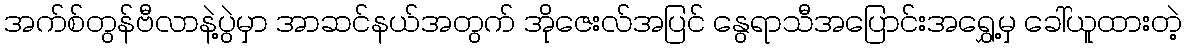
အက်စ်တွန်ဗီလာနဲ့ပွဲမှာ အာဆင်နယ်အတွက် အိုဇေးလ်အပြင် နွေရာသီအပြောင်းအရွှေ့မှ ခေါ်ယူထားတဲ့